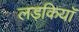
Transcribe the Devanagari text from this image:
लड़कियाॅ